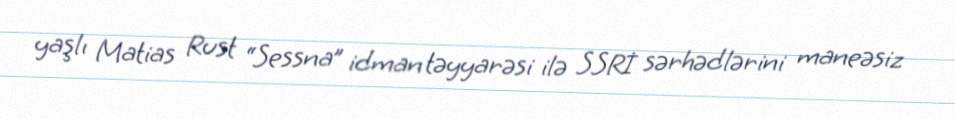
yaşlı Matias Rust “Sessna” idman təyyarəsi ilə SSRİ sərhədlərini maneəsiz